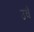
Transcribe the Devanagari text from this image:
उधे